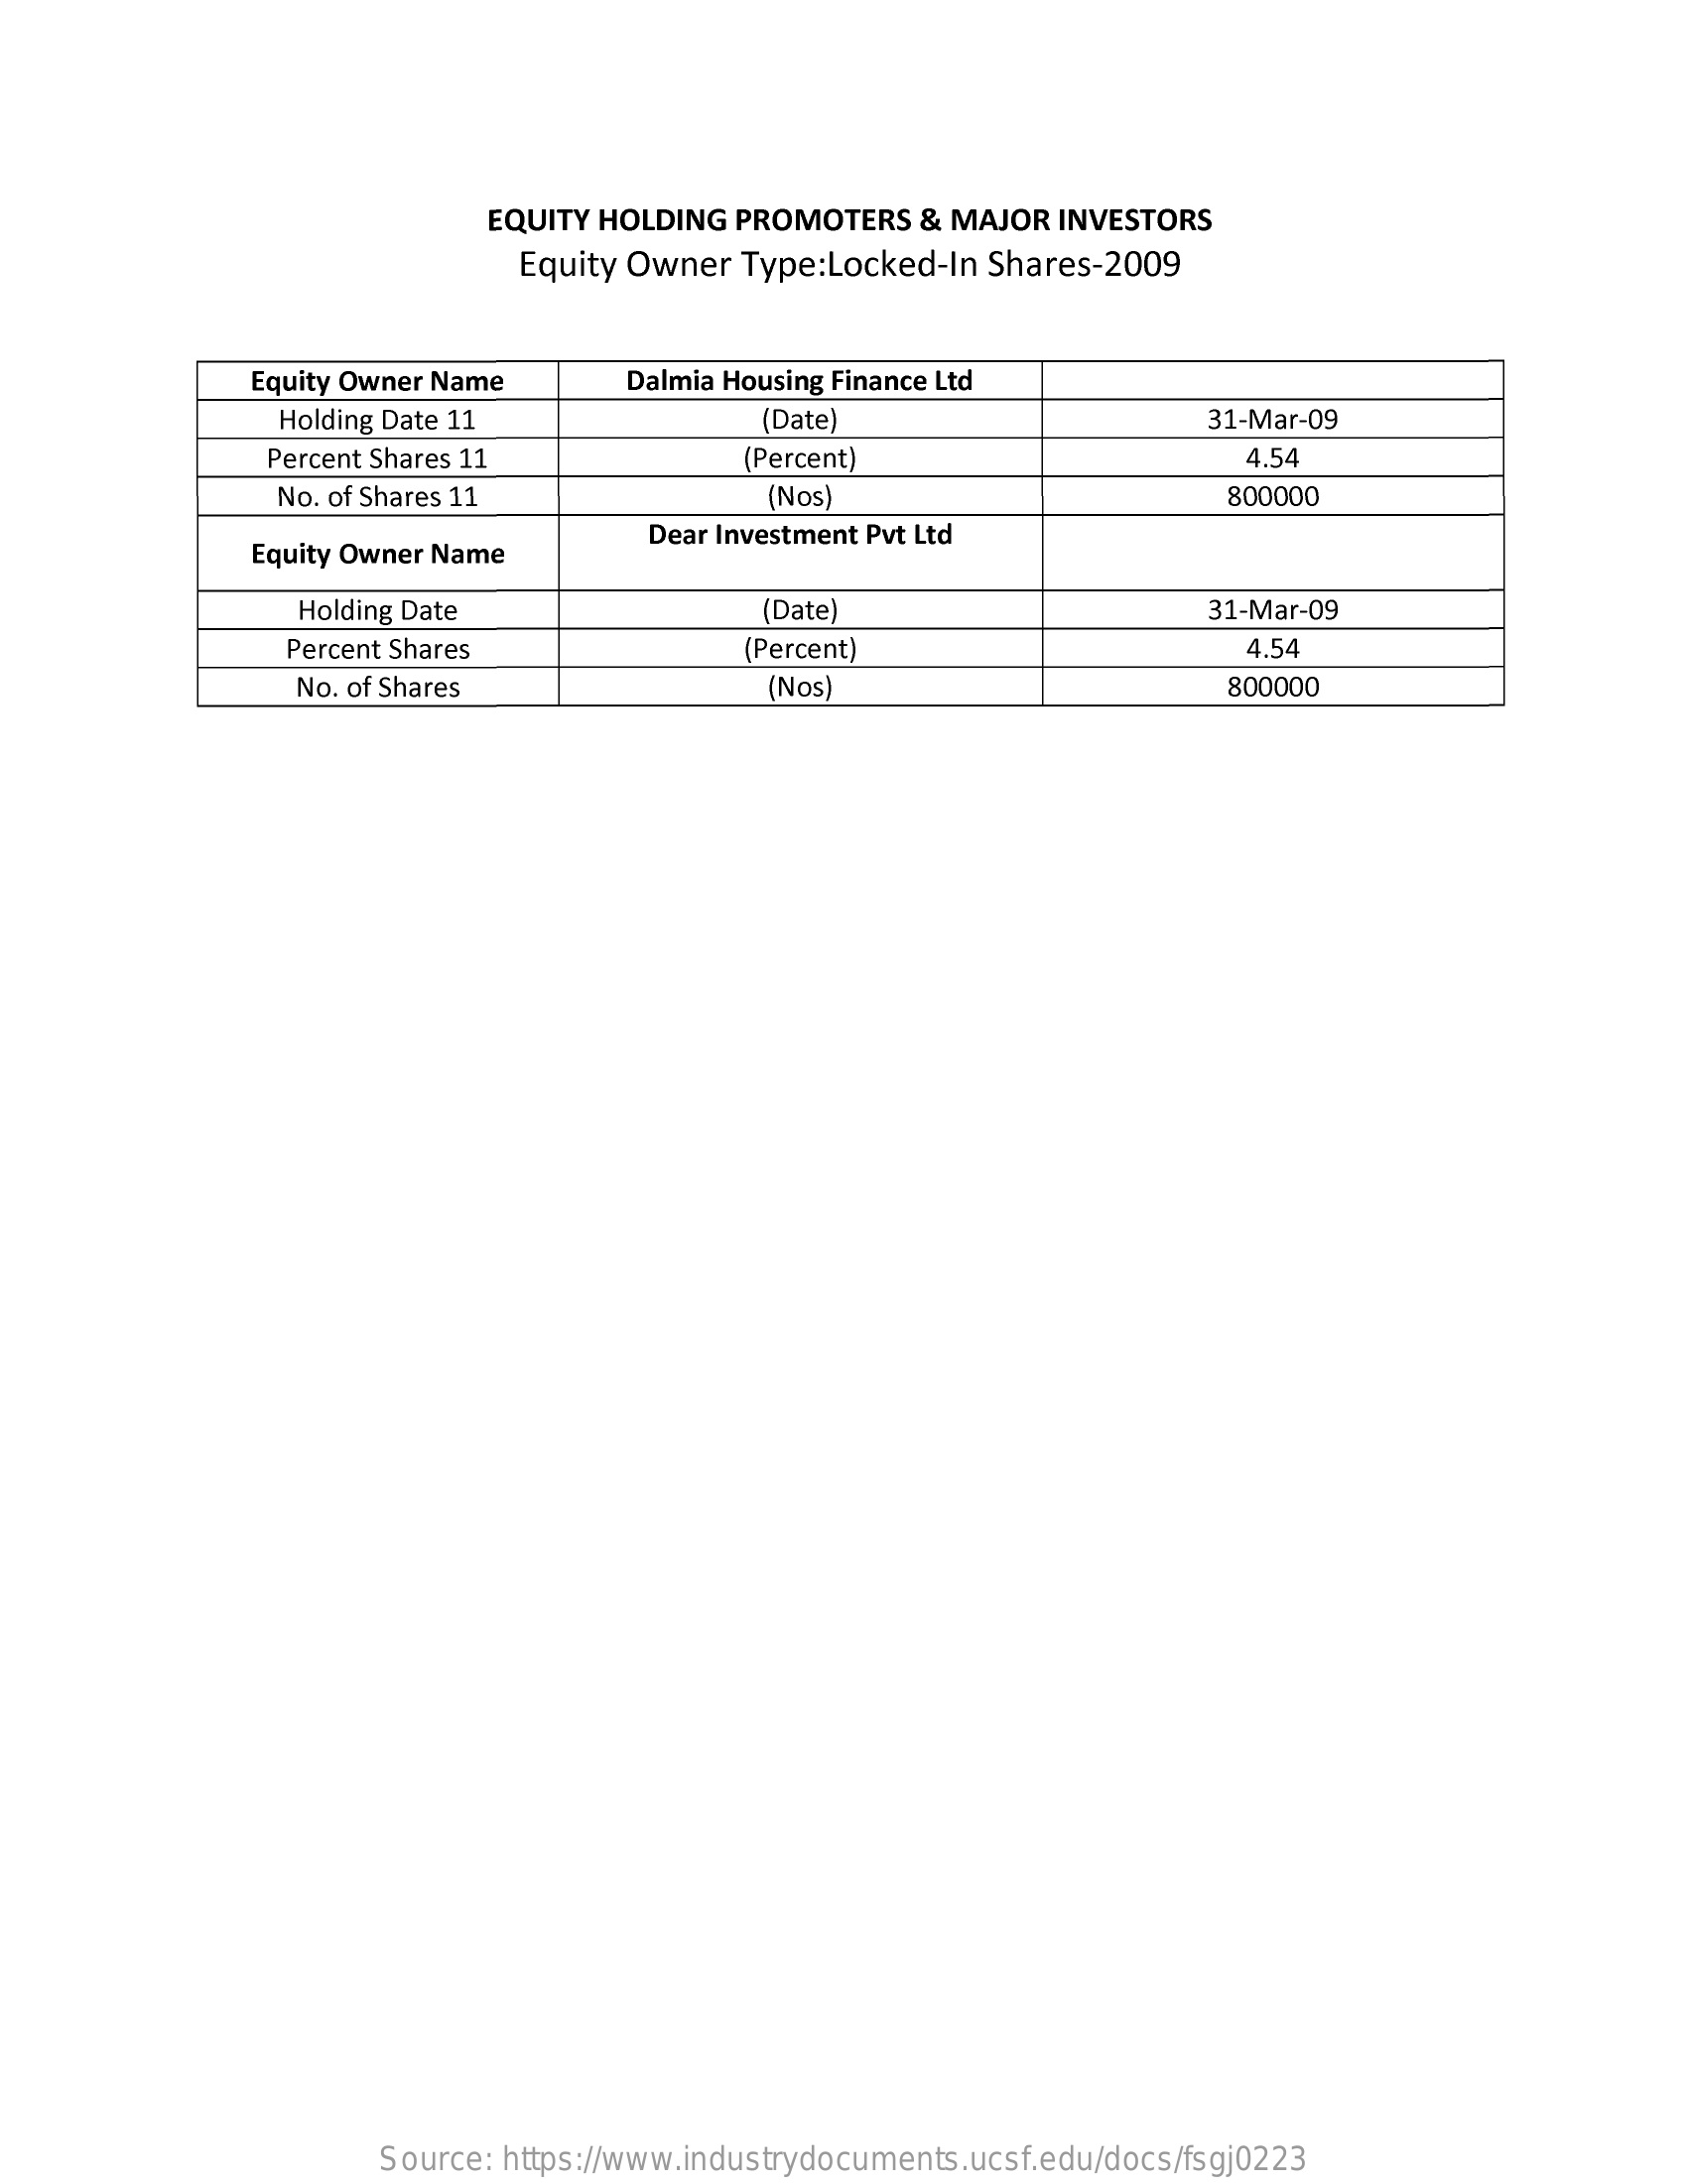
EQUITY HOLDING  PROMOTERS   & MAJOR  INVESTORS
     Equity Owner  Type:Locked-In  Shares-2009
     Equity Owner Name    Dalmia Housing Finance Ltd
     Holding Date 11    (Date)    31-Mar-09
     Percent Shares 11    (Percent)    1.54
     No. of Shares 11    (Nos)    800000
     Equity Owner Name
     Dear Investment Pvt Ltd
     Holding Date    (Date)    31-Mar-09
     Percent Shares    (Percent)    4.54
     No. of Shares    (Nos)    800000
     Source: https://www.industrydocuments.ucsf.edu/docs/fsgj0223